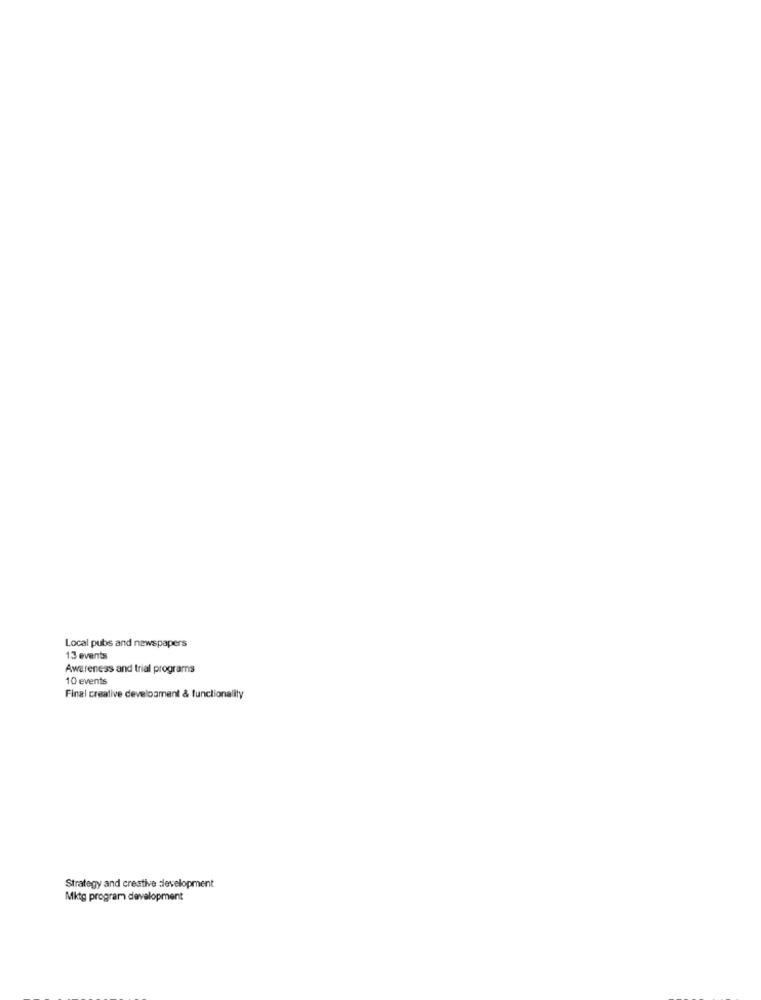
Local pubs and newspapers
13 events
Awareness and trial programs
10 events
Final creative develoament & functionality
Strategy and creative development
Mktg program development